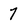
Character: 7